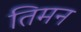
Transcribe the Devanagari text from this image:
तिमन